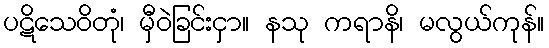
ပဋိသေဝိတုံ၊ မှီဝဲခြင်းငှာ။ နသု ကရာနိ၊ မလွယ်ကုန်။